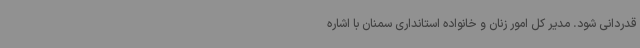
قدردانی شود. مدیر کل امور زنان و خانواده استانداری سمنان با اشاره